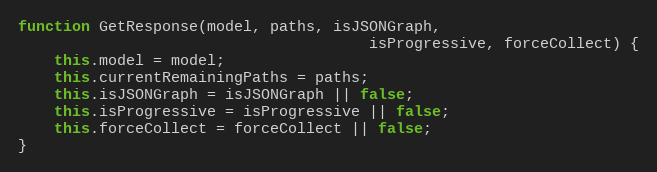
Language: JavaScript
function GetResponse(model, paths, isJSONGraph,
                                       isProgressive, forceCollect) {
    this.model = model;
    this.currentRemainingPaths = paths;
    this.isJSONGraph = isJSONGraph || false;
    this.isProgressive = isProgressive || false;
    this.forceCollect = forceCollect || false;
}